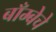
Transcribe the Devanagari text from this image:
बाँम्बेचे